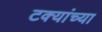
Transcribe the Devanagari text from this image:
टक्यांच्या